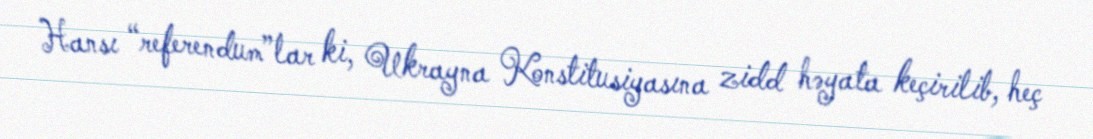
Hansı “referendum”lar ki, Ukrayna Konstitusiyasına zidd həyata keçirilib, heç